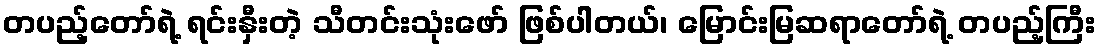
တပည့်တော်ရဲ့ ရင်းနှီးတဲ့ သီတင်းသုံးဖော် ဖြစ်ပါတယ်၊ မြောင်းမြဆရာတော်ရဲ့ တပည့်ကြီး